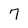
Character: 7